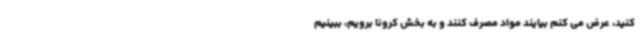
کنید، عرض می کنم بیایند مواد مصرف کنند و به بخش کرونا برویم، ببینیم